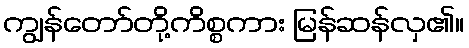
ကျွန်တော်တို့ကိစ္စကား မြန်ဆန်လှ၏။